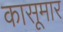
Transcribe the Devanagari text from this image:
कासूमार